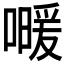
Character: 𰈰